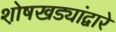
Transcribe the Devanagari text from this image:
शो़षखड्यांद्वारे